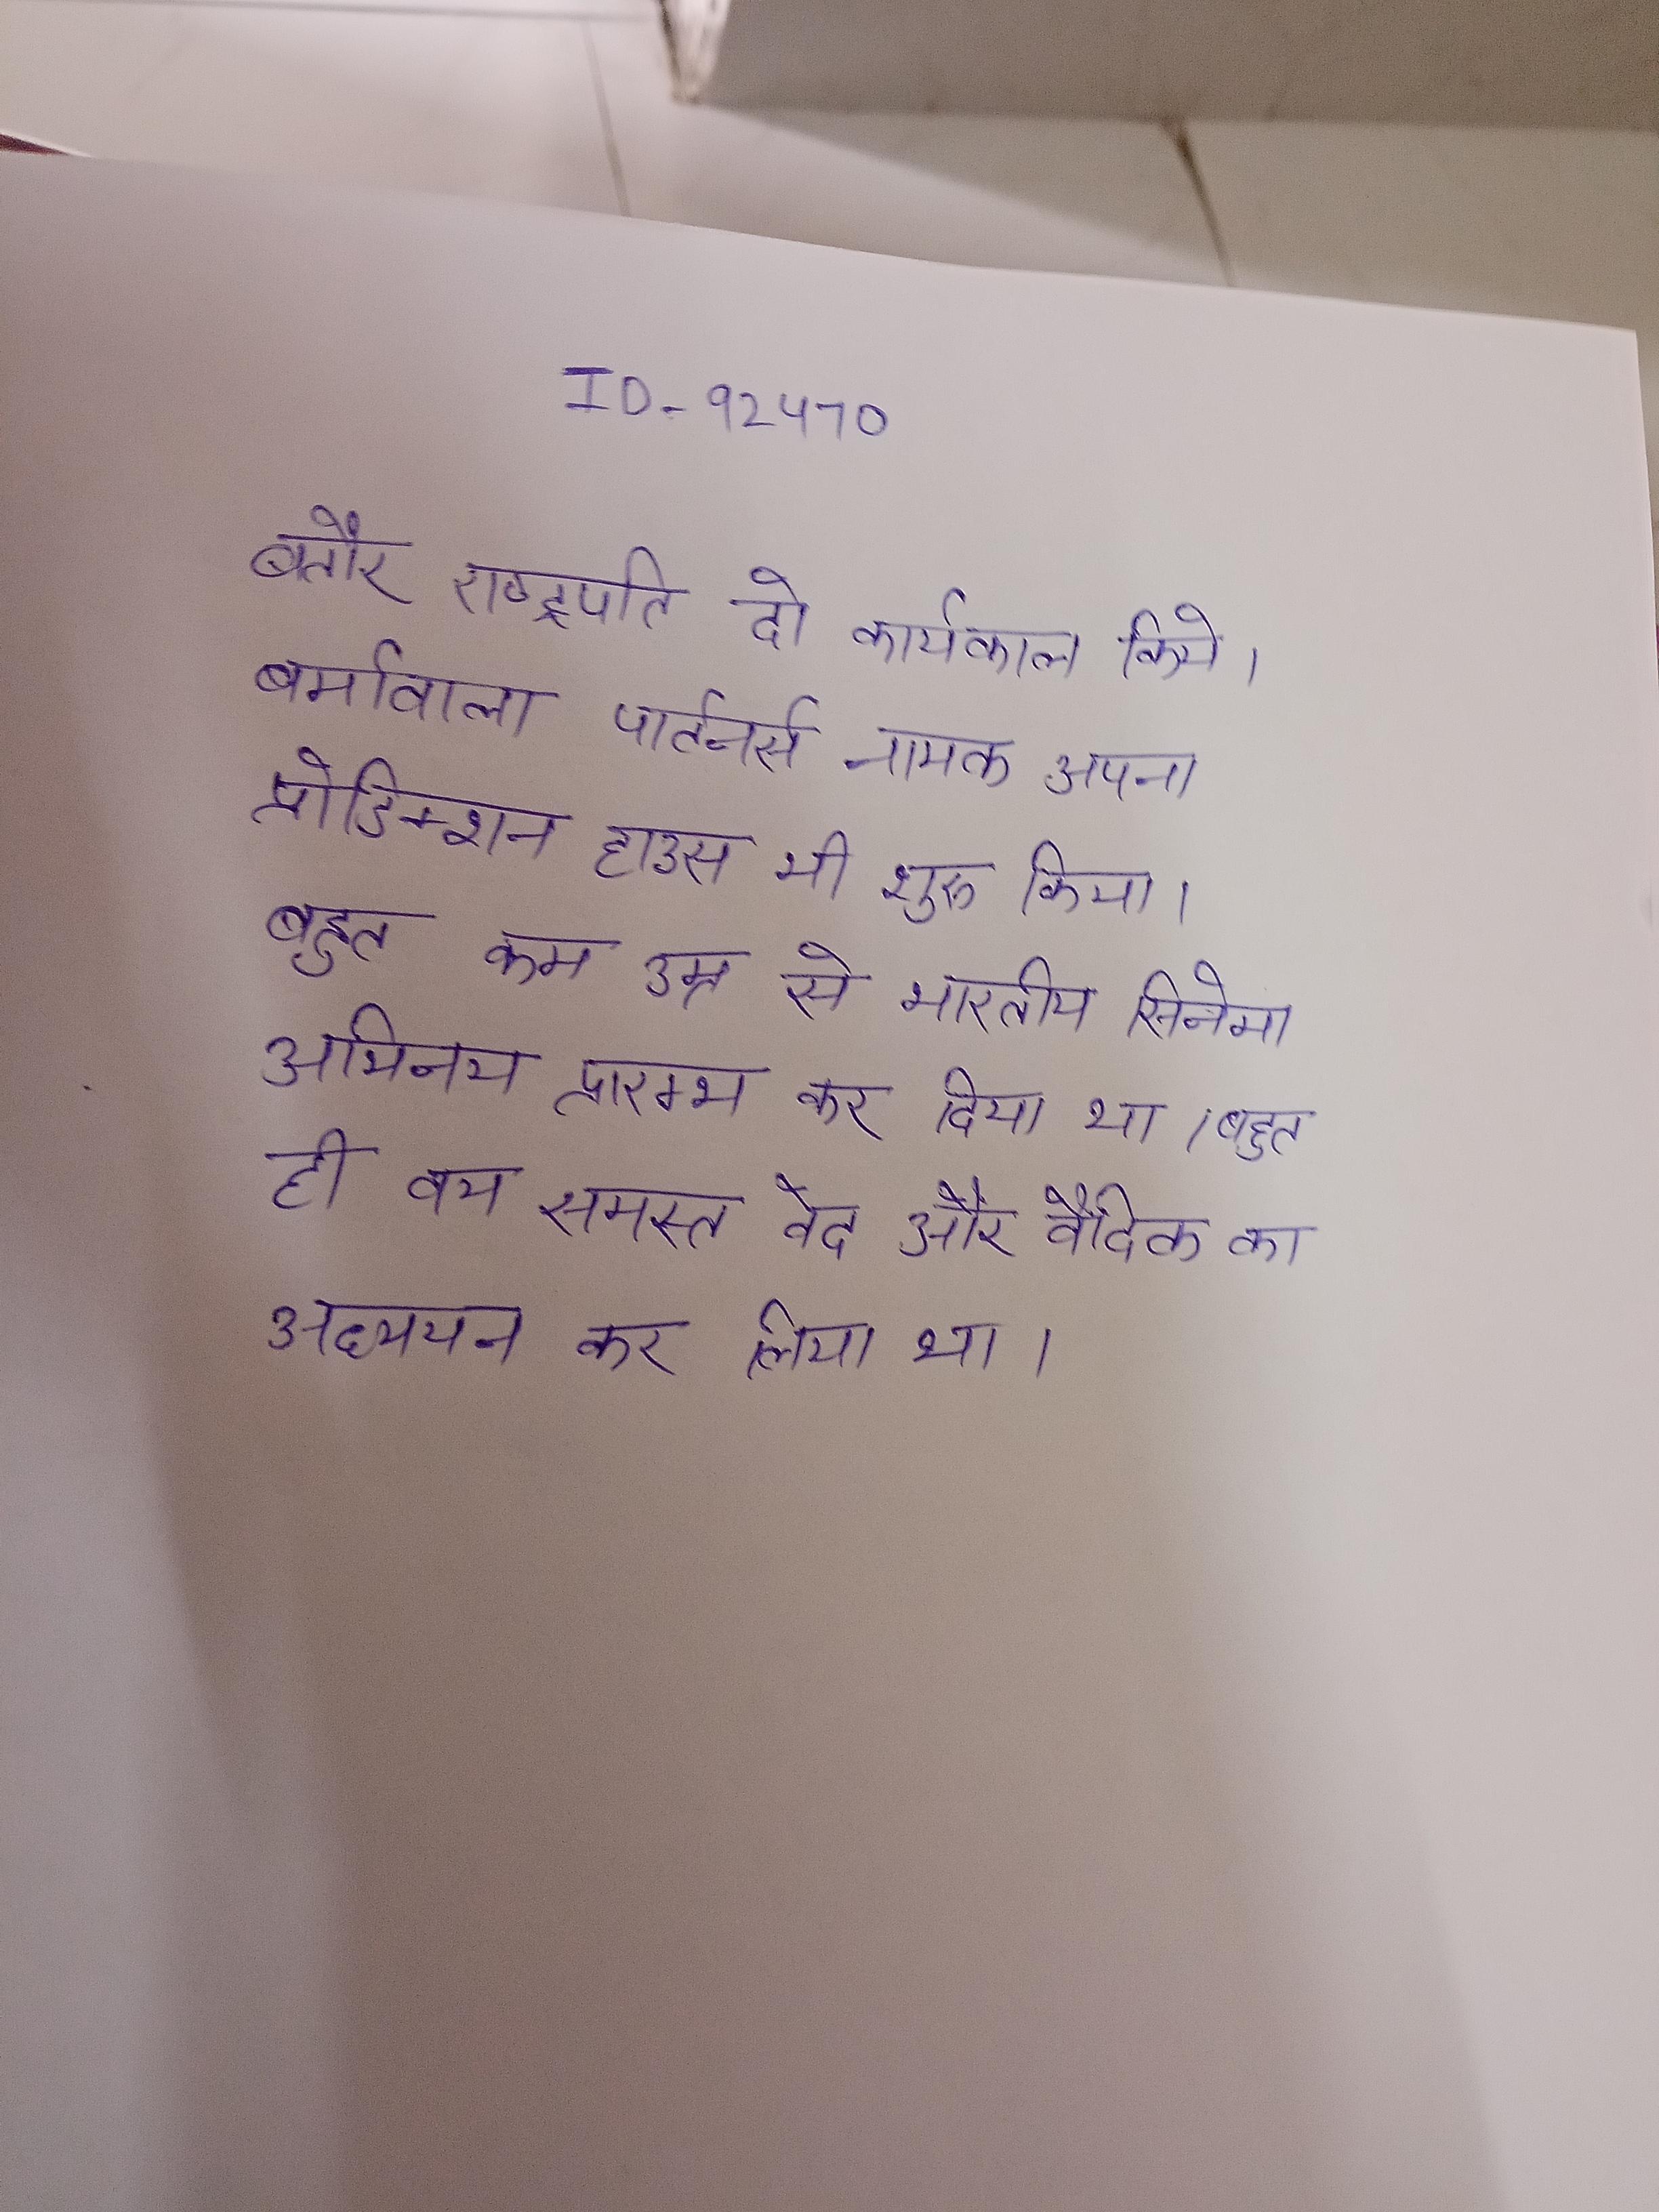
बतौर राष्ट्रपति दो कार्यकाल किये । बर्मावाला पार्टनर्स नामक अपना प्रोडिक्शन हाउस भी शुरू किया । बहुत कम उम्र से भारतीय सिनेमा अभिनय प्रारम्भ कर दिया था । बहुत ही वय समस्त वेद और वैदिक का अध्ययन कर लिया था ।